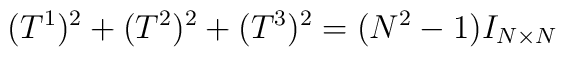
(T^1)^2 + (T^2)^2 +(T^3)^2 = (N^2 - 1) I_{N \times N}